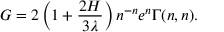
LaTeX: G = 2 \left( 1 + { \frac { 2 H } { 3 \lambda } } \right) n ^ { - n } e ^ { n } \Gamma ( n , n ) .